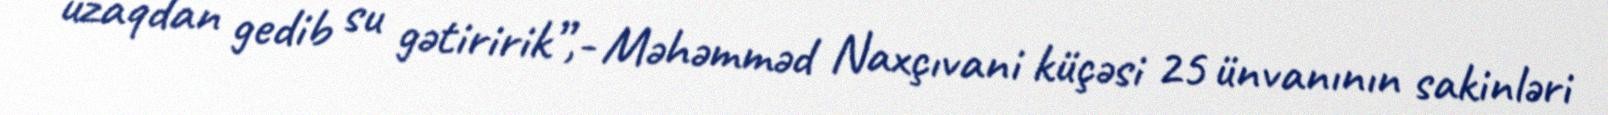
uzaqdan gedib su gətiririk”,- Məhəmməd Naxçıvani küçəsi 25 ünvanının sakinləri